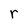
Character: r